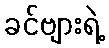
ခင်ဗျားရဲ့